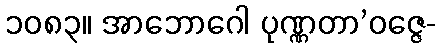
၁၀၈၃။ အာဘောဂေါ ပုဏ္ဏတာ’ဝဇ္ဇေ-